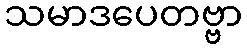
သမာဒပေတဗ္ဗာ